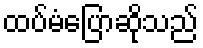
ထပ်မံပြောဆိုသည်